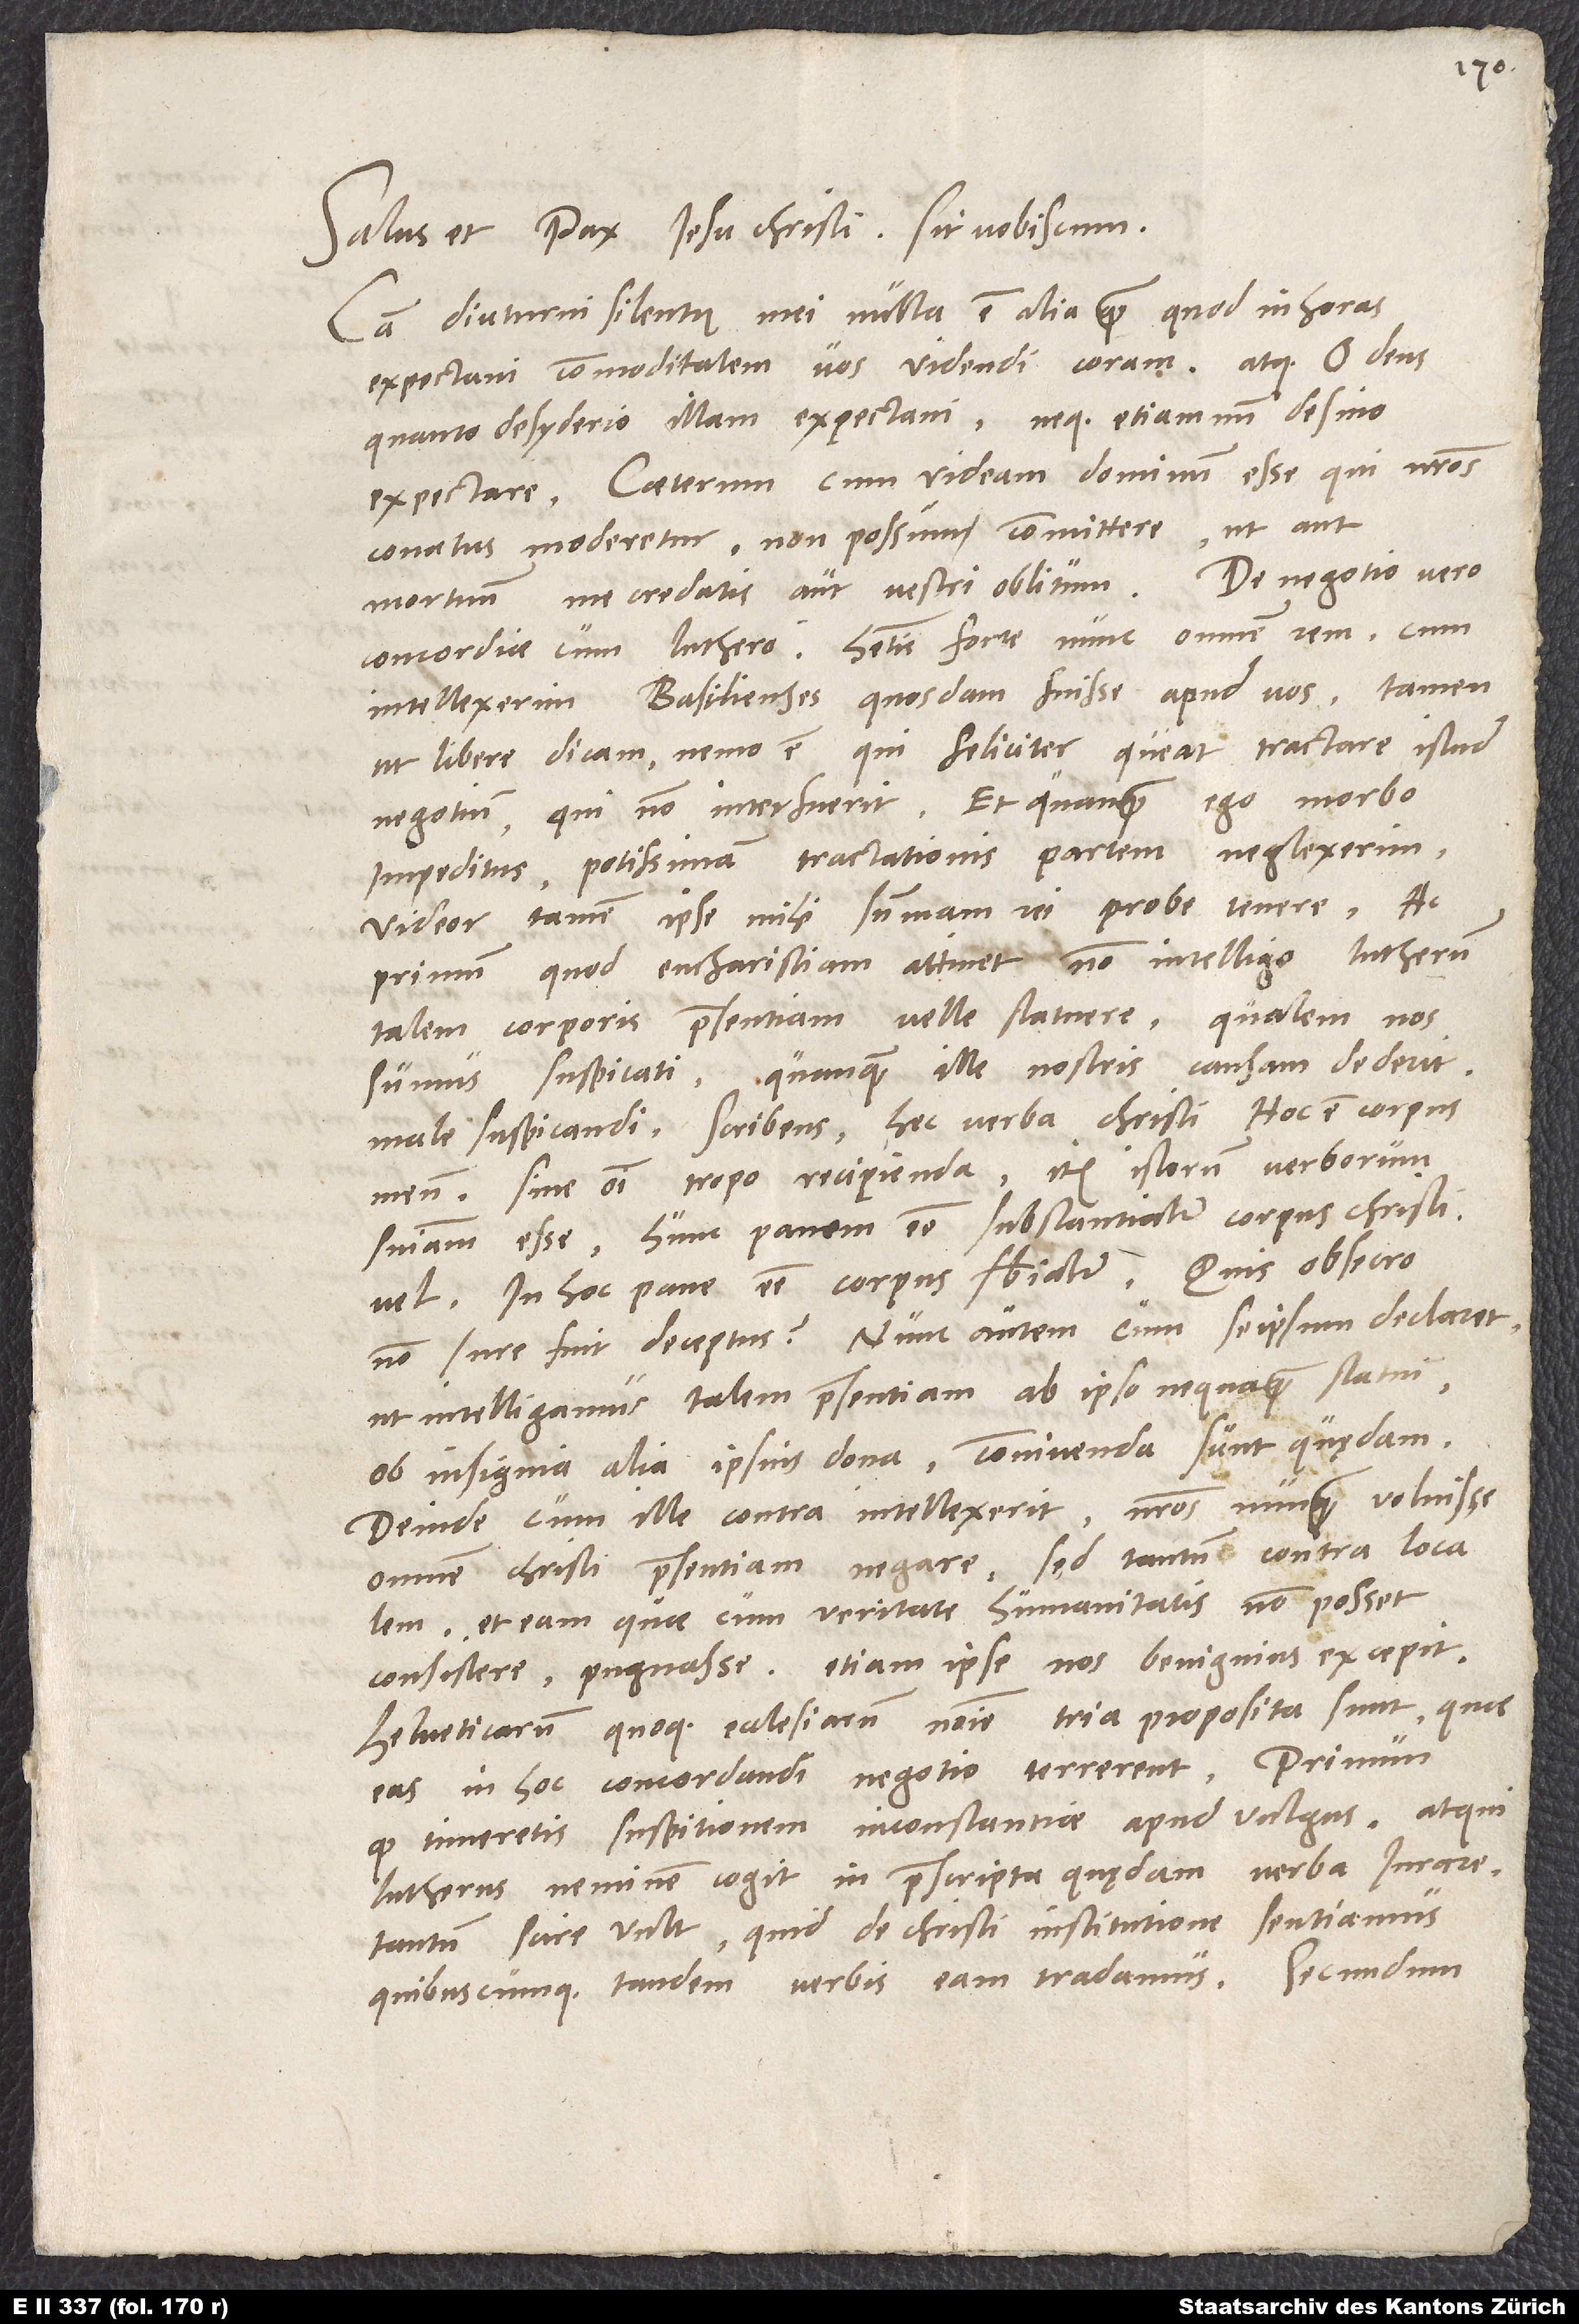
Salus et pax Iesu Christi sit vobiscum.
Causa diuturni silentii mei nulla est alia, quam quod in horas
expectavi commoditatem vos videndi coram, atque, o deus,
quanto desyderio illam expectavi neque etiamnum desino
expectare! Caeterum cum videam dominum esse, qui nostros
conatus moderetur, non possum committere, ut aut
concordiae cum Luthero habetis forte nunc omnem rem, cum
intellexerim Basilienses quosdam fuisse apud vos. Tamen,
ut libere dicam, nemo est, qui feliciter queat tractare istud
impeditus potissimam tractationis partem neglexerim,
videor tamen ipse mihi summam rei probe tenere.
primum, quod eucharistiam attinet, non intelligo Lutherum
talem corporis praesentiam velle statuere, qualem nos
sumus suspicati, quanquam ille nostris causam dederit
male suspicandi scribens hec verba Christi: "hoc est corpus
meum" sine omni tropo recipienda, item istorum verborum
sententiam esse hunc panem esse substantialiter corpus Christi,
in hoc pane esse corpus substantialiter. Quis, obsecro,
non jure fuit deceptus? Nunc autem, cum se ipsum declaret,
ut intelligamus talem praesentiam ab ipso nequaquam statui,
ob insignia alia ipsius dona connivenda sunt quędam.
Deinde, cum ille contra intellexerit nostros nunquam voluisse
omnem Christi praesentiam negare, sed tantum contra localem
et eam, quae cum veritate humanitatis non posset
consistere, pugnasse, etiam ipse nos benignius excepit.
Helveticarum quoque ecclesiarum nomine tria proposita sunt, quae
eas in hoc concordandi negotio terrerent Primum,
quod Umeretis suspitionem inconstantiae apud vulgus. Atqui
Lutherus neminem cogit in praescripta quędam verba jurare,
tantum scire vult, quid de Christi institutione sentiamus
quibuscumque tandem verbis eam tradamus. Secundum,